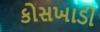
કોસખાડી